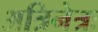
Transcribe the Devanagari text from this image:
अत्रिनेत्रः